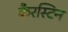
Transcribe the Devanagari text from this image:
कैरस्टिन